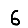
Digit: 6